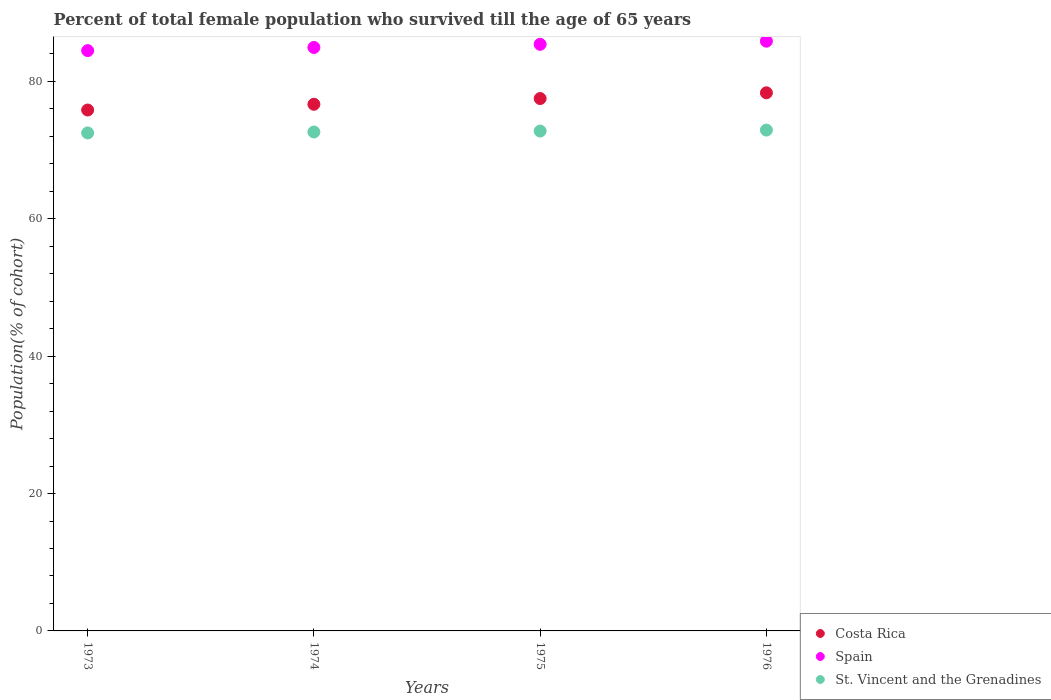
| Years | Costa Rica | Spain | St. Vincent and the Grenadines |
 | --- | --- | --- | --- |
 | 1973 | 75.8 | 84.5 | 72.5 |
 | 1974 | 76.7 | 85 | 72.6 |
 | 1975 | 77.5 | 85.4 | 72.8 |
 | 1976 | 78.3 | 85.9 | 72.9 |